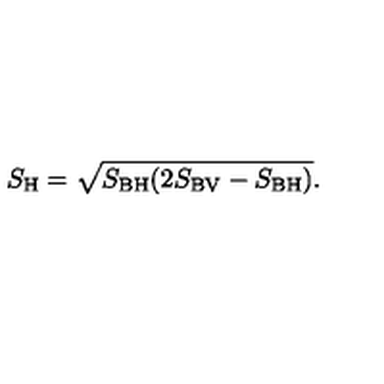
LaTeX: S _ { \mathrm { H } } = \sqrt { S _ { \mathrm { B H } } ( 2 S _ { \mathrm { B V } } - S _ { \mathrm { B H } } ) } .